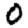
Digit: 0